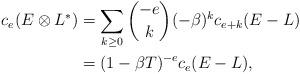
LaTeX: \begin{align*} c_e(E\otimes L^*) &= \sum_{k\geq 0} \binom{-e}{k}(-\beta)^k c_{e+k}(E-L) \\ &= (1-\beta T)^{-e} c_e(E-L),\end{align*}